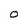
Character: 0